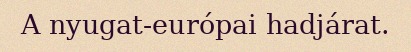
A nyugat-európai hadjárat.